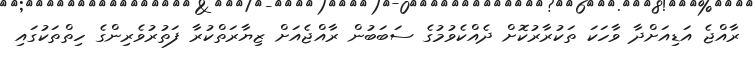
ރާއްޖެ އަޑިއަށްދާ ވާހަކަ ތަކުރާރުކޮށް ދެއްކެވުމުގެ ސަބަބުން ރާއްޖެއަށް ޒިޔާރަތްކުރާ ފަތުރުވެރިންގެ ހިތްތަކުގައި